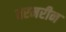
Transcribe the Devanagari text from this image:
वरमरीन